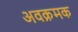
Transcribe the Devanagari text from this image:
अवक्रमक